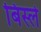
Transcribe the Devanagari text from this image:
बिस्ले